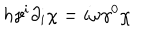
h \gamma ^ { i } \partial _ { i } \chi = i \omega \gamma ^ { 0 } \chi